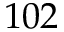
1 0 2